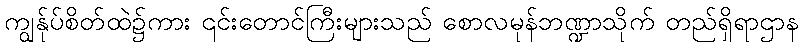
ကျွန်ုပ်စိတ်ထဲ၌ကား ၎င်းတောင်ကြီးများသည် စောလမုန်ဘဏ္ဍာသိုက် တည်ရှိရာဌာန